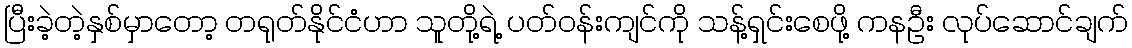
ပြီးခဲ့တဲ့နှစ်မှာတော့ တရုတ်နိုင်ငံဟာ သူတို့ရဲ့ ပတ်ဝန်းကျင်ကို သန့်ရှင်းစေဖို့ ကနဦး လုပ်ဆောင်ချက်